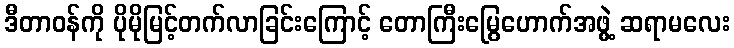
ဒီတာဝန်ကို ပိုမိုမြင့်တက်လာခြင်းကြောင့် တောကြီးမြွေဟောက်အဖွဲ့ ဆရာမလေး